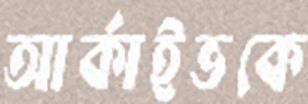
আর্কাইভকে